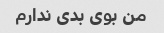
من بوی بدی ندارم